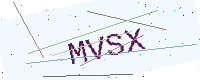
Text: MVSX